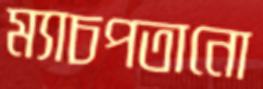
ম্যাচপতানো